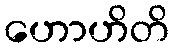
ဟောဟိတိ